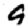
Digit: 9